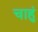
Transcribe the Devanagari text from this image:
चाहुं